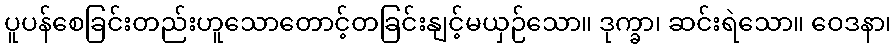
ပူပန်စေခြင်းတည်းဟူသောတောင့်တခြင်းနျင့်မယှဉ်သော။ ဒုက္ခာ၊ ဆင်းရဲသော။ ဝေဒနာ၊